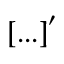
{ [ . . . ] } ^ { \prime }